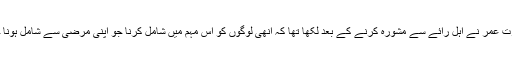
حضرت عمر نے اہل رائے سے مشورہ کرنے کے بعد لکھا تھا کہ انھی لوگوں کو اس مہم میں شامل کرنا جو اپنی مرضی سے شامل ہونا چاہیں۔